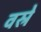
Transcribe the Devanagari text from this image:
वस्रे